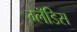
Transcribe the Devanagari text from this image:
ग्लॅडिस